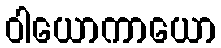
ဝါယောကာယော